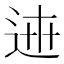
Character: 𨓄